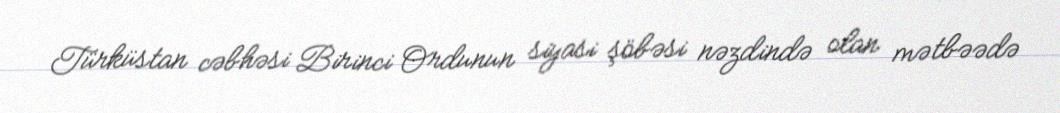
Türküstan cəbhəsi Birinci Ordunun siyasi şöbəsi nəzdində olan mətbəədə